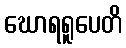
ဃောရရူပေတိ